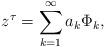
LaTeX: \begin{align*}z^{\tau}=\sum_{k=1}^\infty a_{k} \Phi_{k},\end{align*}